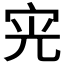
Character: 𭓪